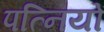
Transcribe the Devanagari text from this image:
पत्‍िनयों